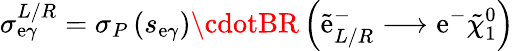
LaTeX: \sigma_{\mathrm{e}\gamma}^{L/R}=\sigma_{P}\left(s_{\mathrm{e}\gamma}\right)\cdotBR\left(\tilde{{\mathrm{e}}}_{L/R}^{-}\longrightarrow\mathrm{e}^{-}\tilde{{\chi}}_{1}^{0}\right)